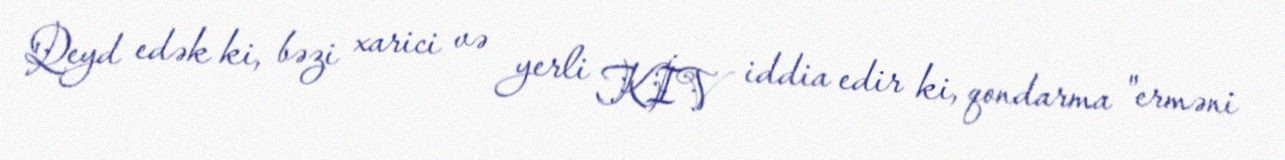
Qeyd edək ki, bəzi xarici və yerli KİV iddia edir ki, qondarma "erməni